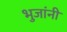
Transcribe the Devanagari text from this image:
भुजांनी